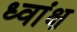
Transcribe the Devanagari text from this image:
ध्वांक्ष